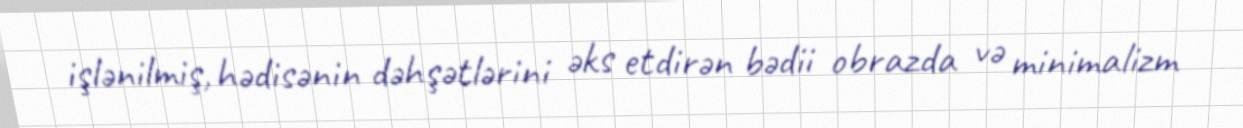
işlənilmiş, hədisənin dəhşətlərini əks etdirən bədii obrazda və minimalizm